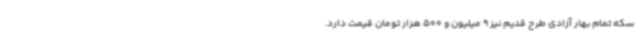
سکه تمام بهار آزادی طرح قدیم نیز 9 میلیون و 500 هزار تومان قیمت دارد.